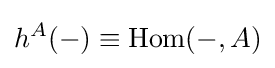
h^{A}(-)\equiv \mathrm {Hom} (-,A)